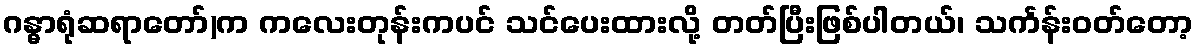
ဂန္ဓာရုံဆရာတော်)က ကလေးတုန်းကပင် သင်ပေးထားလို့ တတ်ပြီးဖြစ်ပါတယ်၊ သင်္ကန်းဝတ်တော့